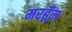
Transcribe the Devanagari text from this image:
मरहूँम